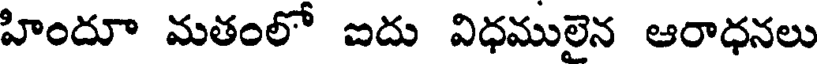
హిందూ మతంలో ఐదు విధములైన ఆరాధనలు